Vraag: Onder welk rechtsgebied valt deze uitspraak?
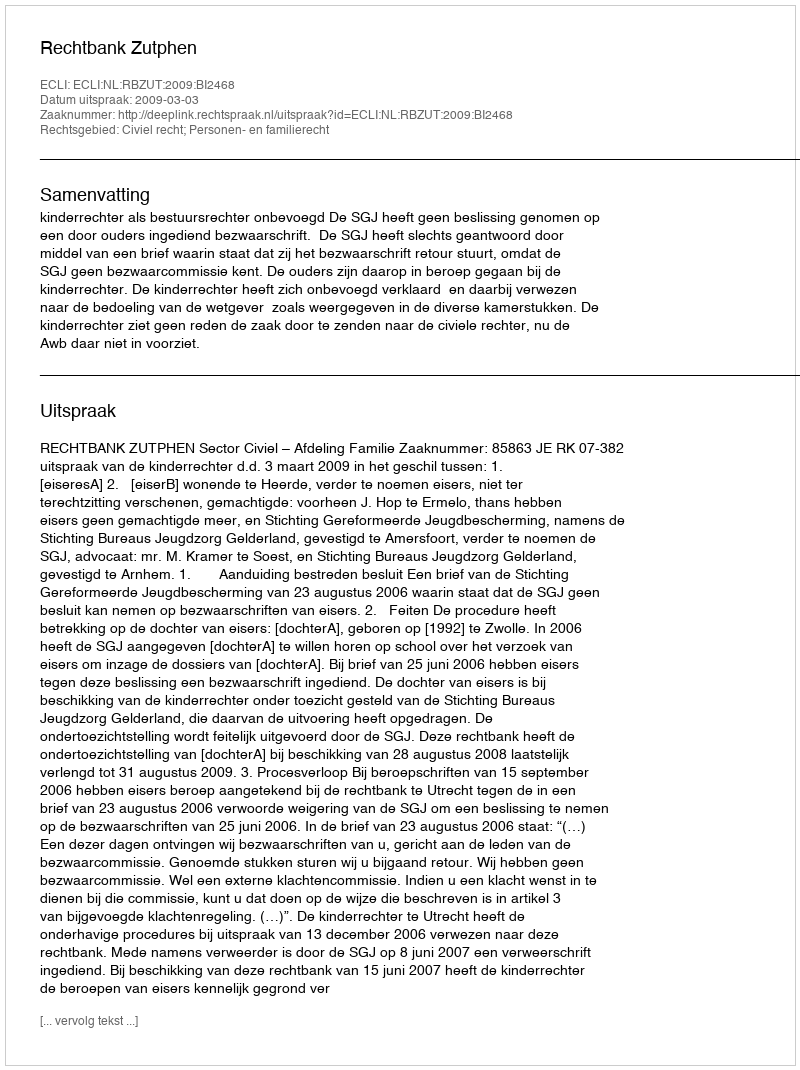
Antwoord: Civiel recht; Personen- en familierecht